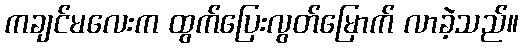
ကချင်မလေးက ထွက်ပြေးလွတ်မြောက် လာခဲ့သည်။